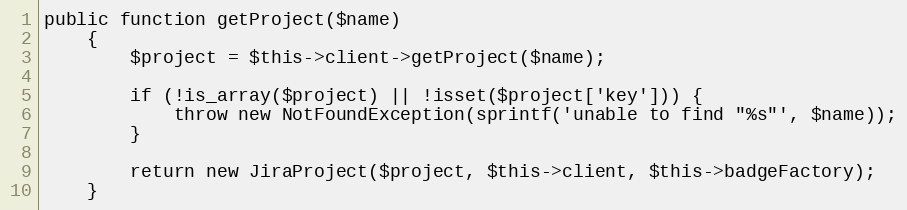
Language: PHP
public function getProject($name)
    {
        $project = $this->client->getProject($name);

        if (!is_array($project) || !isset($project['key'])) {
            throw new NotFoundException(sprintf('unable to find "%s"', $name));
        }

        return new JiraProject($project, $this->client, $this->badgeFactory);
    }